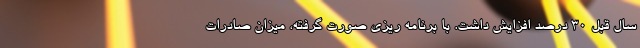
سال قبل 30 درصد افزایش داشت. با برنامه ريزي صورت گرفته، میزان صادرات